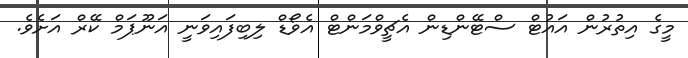
މީގެ އިތުރުން އައުޓް ސްޓޭންޑިން އެޗީވްމަންޓް އެވޯޑް ލިބިފައިވަނީ އަނޫޕަމް ކޭރް އަށެވެ.